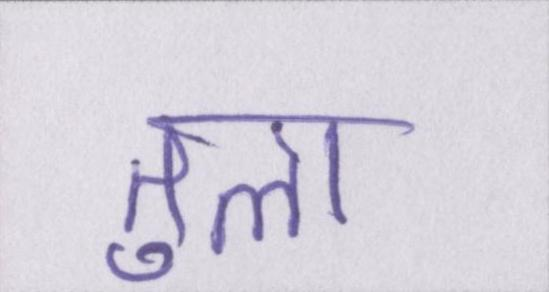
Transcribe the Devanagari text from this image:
तुला